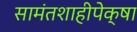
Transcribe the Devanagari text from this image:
सामंतशाहीपेक्षा